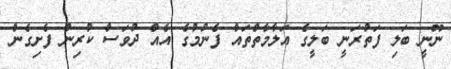
ނޫނީ ބަލި ފަތުރަނީ ބަލީގެ އަލާމާތްތައް ފެނުމުގެ އެއް ދުވަސް ކުރިން ފެށިގެން